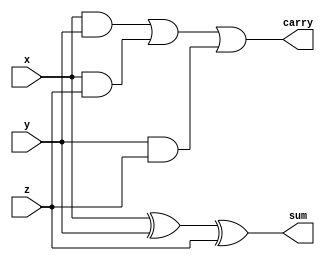
//-----------------------------------------------------
// Design Name : full_adder_gates
// Function    : Full Adder Using Gates
// Coder       : Deepak Kumar Tala
//-----------------------------------------------------
module full_adder_gates(x,y,z,sum,carry);
input x,y,z;
output sum,carry;
wire and1,and2,and3,sum1;

and U_and1 (and1,x,y),
    U_and2 (and2,x,z),
    U_and3 (and3,y,z);
or  U_or   (carry,and1,and2,and3);
xor U_sum (sum,x,y,z);

endmodule